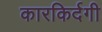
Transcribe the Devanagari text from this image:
कारकिर्दगी